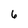
Character: 6